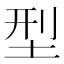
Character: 型